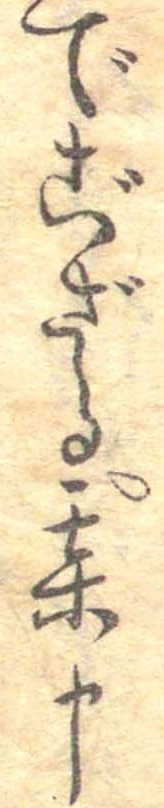
でござる某申